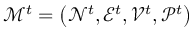
\mathcal { M } ^ { t } = \big ( \mathcal { N } ^ { t } , \mathcal { E } ^ { t } , \mathcal { V } ^ { t } , \mathcal { P } ^ { t } \big )